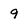
Character: 9